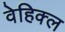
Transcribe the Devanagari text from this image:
वेहिक्ल